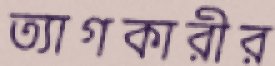
ত্যাগকারীর